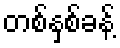
တစ်နှစ်ခန့်